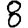
Digit: 8